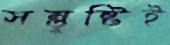
সন্তুষ্টিই